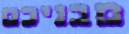
מבניכם